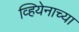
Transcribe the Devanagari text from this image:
व्हियेनाच्या